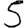
Digit: 5